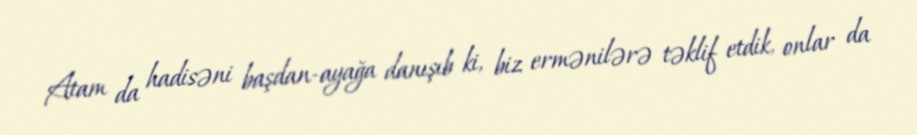
Atam da hadisəni başdan-ayağa danışıb ki, biz ermənilərə təklif etdik, onlar da